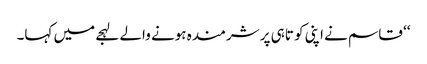
‘‘ قاسم نے اپنی کو تاہی پر شرمندہ ہونے والے لہجے میں کہا۔